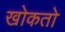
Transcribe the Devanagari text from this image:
खोकतो